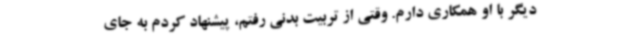
دیگر با او همکاری دارم. وقتی از تربیت بدنی رفتم، پیشنهاد کردم به جای